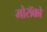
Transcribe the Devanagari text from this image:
मोरॉक्को